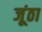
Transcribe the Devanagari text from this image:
जूंठा